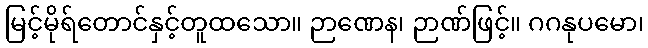
မြင့်မိုရ်တောင်နှင့်တူထသော။ ဉာဏေန၊ ဉာဏ်ဖြင့်။ ဂဂနုပမော၊